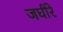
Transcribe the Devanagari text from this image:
जघीरे